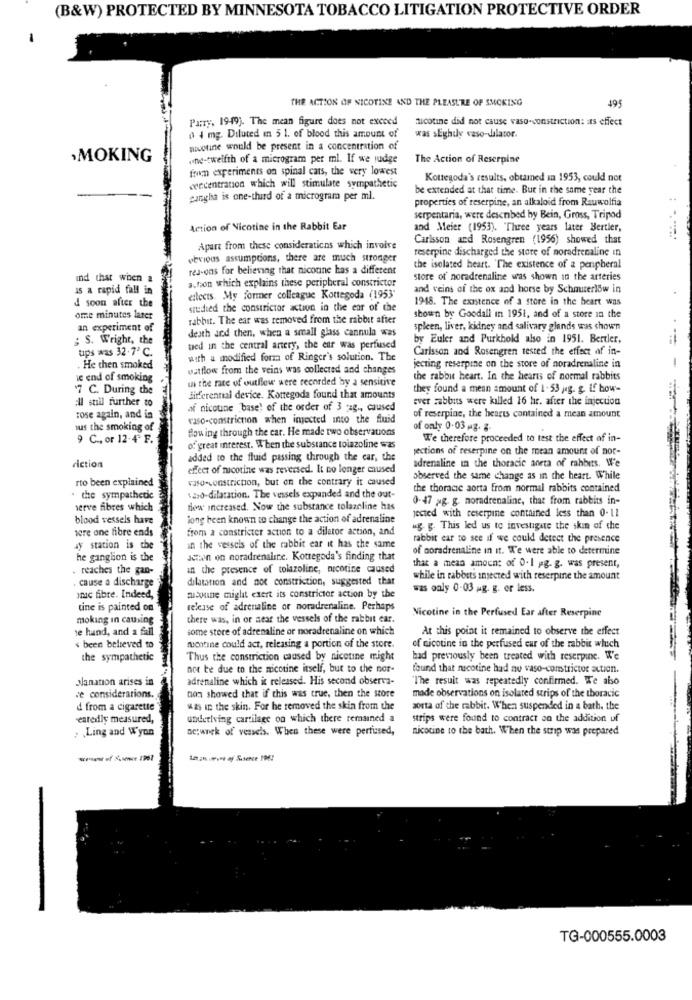
(B&W) PROTECTED BY MINNESOTA TOBACCO LITIGATION PROTECTIVE ORDER
THE ACTION OF NICOTINE AND THE PLEASURE OF SMOKING
495
Parry, 19-19). The mean figure does not exceed
nicotine did not cause vaso constriction: as effect
o 4 mg. Diluted in 5 1. of blood this amount of
was sEghily vaso-dilator.
nicotine would be present in a concentration of
,MOKING
one-twelfth of a microgram per ml. If we judge
The Action of Reserpine
from experiments on spinal cats, the very lowest
Kottegoda's results, obtained in 1953, could not
cercentranon which will stimulate sympathetic
be extended at that time. But in the same year the
gangha is one-third of a microgram per ml.
properties of reserpine, an alkaloid from Rauwolfia
serpentaria, were described by Bein, Gross, Tripod
Action of Nicotine in the Rabbit Ear
and Meier (1953). "Three years later Bertier,
Carlsson and Rosengren (1956) showed that
Apart from these considerations which involve
reserpine discharged the store of noradrenaline in
perious assumptions, there are much stronger
rea-ons for believing that nicoune has a different
the isolated heart. 'The existence of a peripheral
ind that when a
action which explains these peripheral constrictor
store of noradrenaline was shown in the arteries
15 a rapid fall in
and veins of the ox and horse by Schauterlow in
ettects My former colleague Kottegoda (1953"
1948. The existence of a store in the heart was
4 soon after the
studied the constrictor action in the ear of the
omme minutes later
rabbit. The ear was removed from the rabbit after
shown by Goodall in 1951, and of a store in the
an experiment of
desth and then, when a small glass cannula was
spleen, liver, kidney and salivary glands was shown
; S. Wright, the
by Euler and Purkhold also in 1951. Bertler,
tips was 32.7º C.
ted in the central artery, the ear was perfused
Carlsson and Rosengren tested the effect of in-
with a modified form of Ringer's solution. The
. He then smoked
ostflow from the veins was collected and changes
jecting reserpine on the store of noradrenaline in
-
ic end of smoking
in the rate of outflow were recorded by a sensitive
the rabbit heart. In the hearts of normal rabbits
7 C. During the
they found a mean amount of 1.53 jeg. g. If bow-
all still further to
differental device. Kotegoda found that amounts
ever rabbits were killed 16 hr. after the injection
af nicoune base! of the order of 3 pag ., caused
rose again, and in
vaso constriction when injected into the fluid
of reserpine, the hearts contained a mean amount
sus the smoking of
Bou ing through the car. He made two observations
of only 0.03 .3. 8.
9 C ., or 12-4 F.
We therefore proceeded to test the effect of in-
of great interest. When the substance toiazoline was
jections of reserpine on the mean amount of nor-
added to the fluid passing through the car, the
Fiction
effect of nicotine was reversed. It no longer caused
adrenaline in the thoracic aneta of rabbits. We
rto been explained
vaso constriction, but on the contrary it caused
observed the same change as in the heart. While
the thoracic aotta from normal rabbits contained
. the sympathetic
waso dilatation. The vessels expanded and the out-
0-47 ag. g. noradrenaline, that from rabbits in-
serve fibres which
dow increased. Now the substance tolazeline has
jected with teserpine contained less than 0-11
blood vessels have
long been known to change the action of adrenaline
tere one fibre ends
from a constricter action to a diletor action, and
ug. g. This led us to investigate the skin of the
rabbit ear to see if we could detect the presence
dy station is the
in the vessels of the rabbit ear it has the same
of noradrenaline in it. We were able to determine
he ganglion is the
actain on noradrenaline. Kotregoda's finding that
. reaches the gan-
in the presence of tolazoline, nicotine caused
that a mean amount of 0. 1 g. g. was present,
. cause a discharge
dilatation and not constriction, suggested that
while in rabbits injected with reserpine the amount
was only 0-03 mg. g. or less.
oruc fibre. Indeed,
mucoune might exert its constrictor action by the
tine is painted on
release of adrenaline or noradrenaline. Perhaps
Nicotine in the Perfused Ear after Reserpine
moking in causing
there was, in or near the vessels of the rabbit ear.
te hund, and a fall
some store of adrenaline or noradrenaline on which
At this point it remained to observe the effect
been believed to
rucatine could act, releasing a portion of the store.
of nicotine in the perfused car of the rabbit wluch
the sympathetic
Thus the constriction caused by nicotine might
had previously been treated with reserpine. We
not be due to the nicotine itself, but to the nor-
found that nicotine had nu vaso constrictor action.
planation arises in
adrenaline which is released. His second observa-
"The result was repeatedly confirmed. We abo
con showed that if this was true, then the store
made observations on isolated strips of the thoracic
ve considerations.
d from a cigarette
was in the skin. For he removed the skin from the
aorta of the rabbit. When suspended in a bath. the
eatedly measured,
underlying cartilage on which there remained a
strips were found to contract on the addition of
„ Ling and Wyon
oc;work of vessels. When these were perfused,
nicotine to the bath. When the strip was prepared
TG-000555.0003